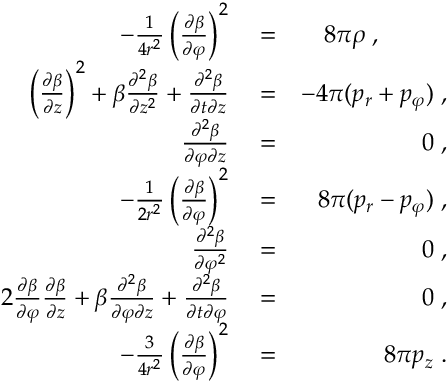
\begin{array} { r l r } { - \frac { 1 } { 4 r ^ { 2 } } \left( \frac { \partial \beta } { \partial \varphi } \right) ^ { 2 } } & { { } = } & { 8 \pi \rho \; , \; \; \; \; \; \; \; \; \; \; } \\ { \left( \frac { \partial \beta } { \partial z } \right) ^ { 2 } + \beta \frac { \partial ^ { 2 } \beta } { \partial z ^ { 2 } } + \frac { \partial ^ { 2 } \beta } { \partial t \partial z } } & { { } = } & { - 4 \pi ( p _ { r } + p _ { \varphi } ) \; , } \\ { \frac { \partial ^ { 2 } \beta } { \partial \varphi \partial z } } & { { } = } & { 0 \; , } \\ { - \frac { 1 } { 2 r ^ { 2 } } \left( \frac { \partial \beta } { \partial \varphi } \right) ^ { 2 } } & { { } = } & { 8 \pi ( p _ { r } - p _ { \varphi } ) \; , } \\ { \frac { \partial ^ { 2 } \beta } { \partial \varphi ^ { 2 } } } & { { } = } & { 0 \; , } \\ { 2 \frac { \partial \beta } { \partial \varphi } \frac { \partial \beta } { \partial z } + \beta \frac { \partial ^ { 2 } \beta } { \partial \varphi \partial z } + \frac { \partial ^ { 2 } \beta } { \partial t \partial \varphi } } & { { } = } & { 0 \; , } \\ { - \frac { 3 } { 4 r ^ { 2 } } \left( \frac { \partial \beta } { \partial \varphi } \right) ^ { 2 } } & { { } = } & { 8 \pi p _ { z } \; . } \end{array}